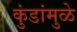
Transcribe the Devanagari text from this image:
कुंडांमुळे